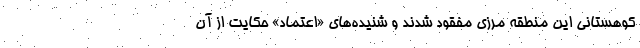
كوهستاني اين منطقه مرزي مفقود شدند و شنيده‌هاي «اعتماد» حكايت از آن